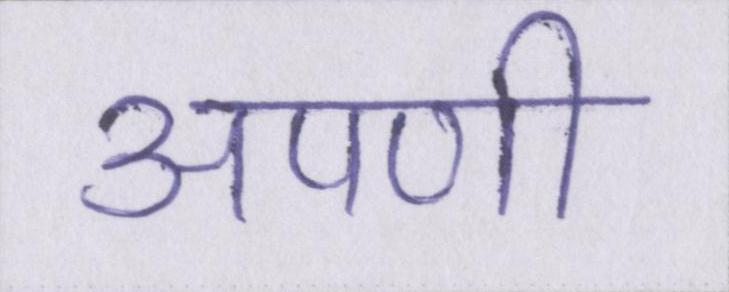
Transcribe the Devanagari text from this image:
अपणी